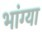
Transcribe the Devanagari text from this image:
भांग्या